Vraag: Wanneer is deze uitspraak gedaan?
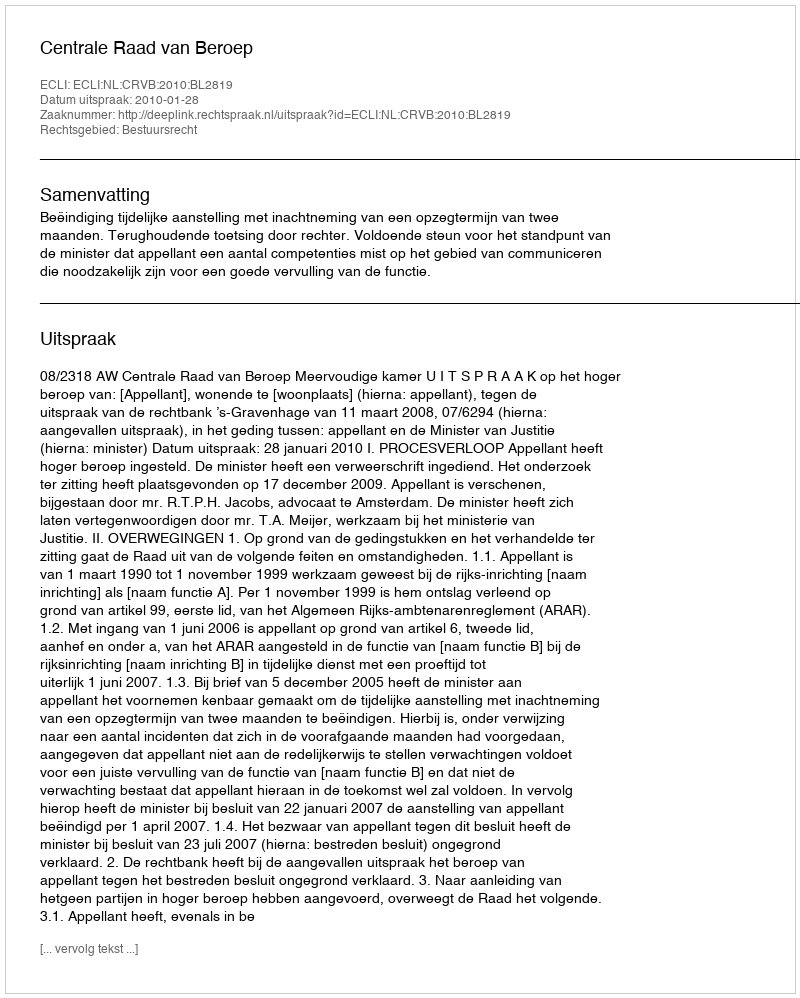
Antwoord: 2010-01-28